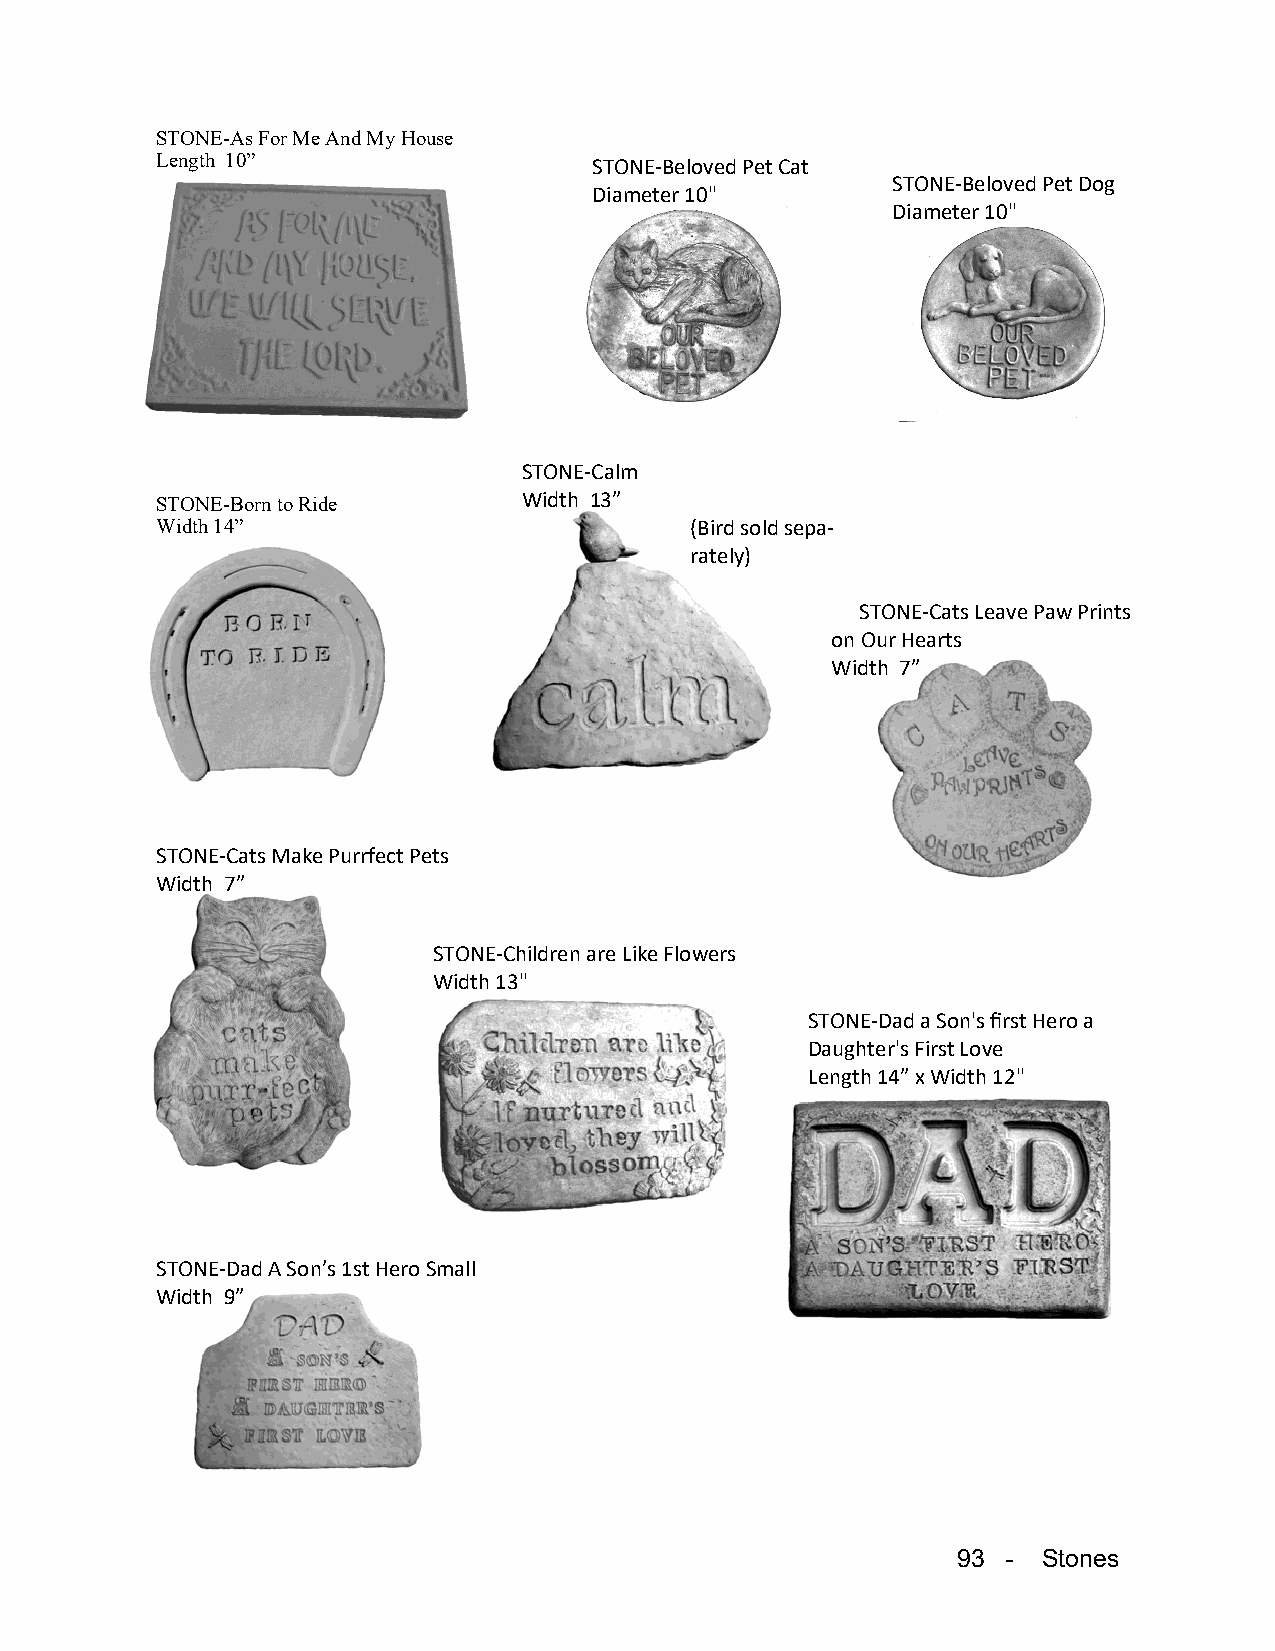
STONE-As For Me And My House
 Length 10”                   STONE-Beloved Pet Cat
 STONE-Beloved Pet Dog
 Diameter 10"
 Diameter 10"
 STONE-Calm
 STONE-Born to Ride       Width 13”
 Width 14”                           (Bird sold sepa-
 rately)
 STONE-Cats Leave Paw Prints
 on Our Hearts
 Width 7”
 STONE-Cats Make Purrfect Pets
 Width 7”
 STONE-Children are Like Flowers
 Width 13"
 STONE-Dad a Son's first Hero a
 Daughter's First Love
 Length 14” x Width 12"
 STONE-Dad A Son’s 1st Hero Small
 Width 9”
 93  - Stones